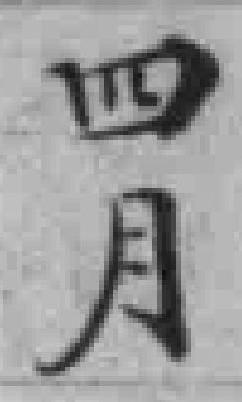
四月